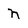
Character: n